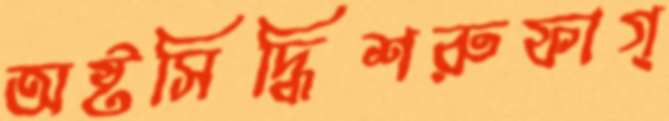
অষ্টসিদ্ধিশরুফাগ্